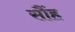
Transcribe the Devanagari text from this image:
सौंह